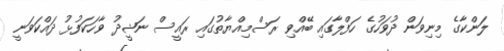
ލަންކާގެ މިނިވަން ދުވަހުގެ ހަފްލާގައި ބޭއްވި ރަސްމިއްޔާތުގައި ރައީސް ނަޝީދު ވާހަކަފުޅު ދައްކަވަނީ